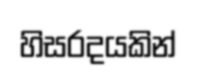
හිසරදයකින්